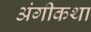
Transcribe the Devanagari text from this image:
अंगीकथा